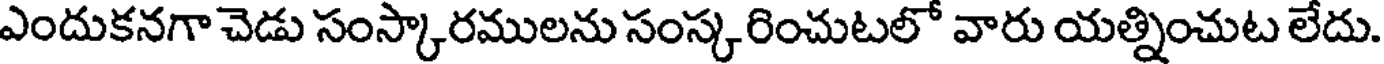
ఎందుకనగా చెడు సంస్కారములను సంస్కరించుటలో వారు యత్నించుట లేదు.